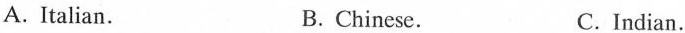
A.Italian. B.Chinese. C.Indian.